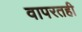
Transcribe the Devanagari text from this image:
वापरतही